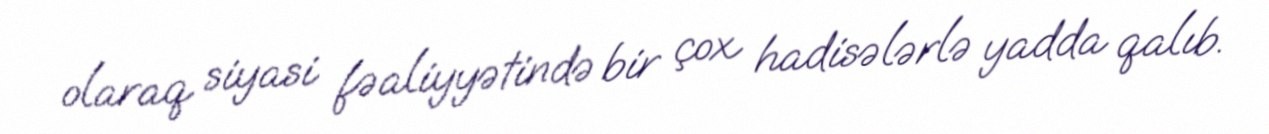
olaraq siyasi fəaliyyətində bir çox hadisələrlə yadda qalıb.